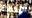
اللكمة